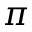
\pi